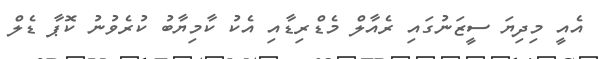
އެއީ މިދިޔަ ސީޒަނުގައި ރެއާލް މެޑްރިޑާއި އެކު ކާމިޔާބު ކުރެވުނު ކޮޕާ ޑެލް